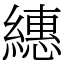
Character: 繐